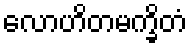
လောဟိတမက္ခိတံ